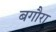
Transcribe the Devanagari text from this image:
बगौरा